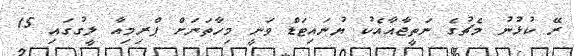
ރޭ ކުޅުނު މެޗުގެ ނަތީޖާއާއެކު ޔުނައިޓަޑް ވަނީ މިހާތަނަށް ޕްރިމިއާ ލީގުގައި 15